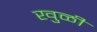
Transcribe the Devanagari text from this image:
खुळी